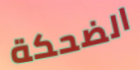
الضحكة